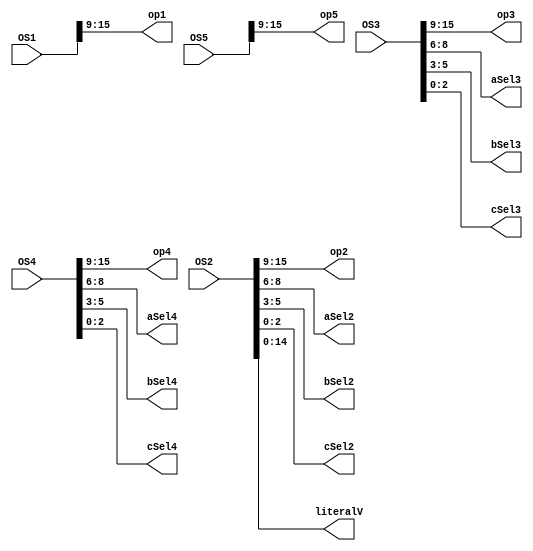
module pipeBreakU(
  OS1,
  OS2,
  OS3,
  OS4,
  OS5,
  op1,
  op2,
  op3,
  op4,
  op5,
  aSel2,
  aSel3,
  aSel4,
  bSel2,
  bSel3,
  bSel4,
  cSel2,
  cSel3,
  cSel4,
  literalV
  );
  
input [15:0] OS1;
input [15:0] OS2;
input [15:0] OS3;
input [15:0] OS4;
input [15:0] OS5;
output [6:0] op1;
output [6:0] op2;
output [6:0] op3;
output [6:0] op4;
output [6:0] op5;
output [2:0] aSel2;
output [2:0] aSel3;
output [2:0] aSel4;
output [2:0] bSel2;
output [2:0] bSel3;
output [2:0] bSel4;
output [2:0] cSel2;
output [2:0] cSel3;
output [2:0] cSel4;
output [14:0] literalV;

assign literalV=OS2[14:0];

assign op1=OS1[15:9];
assign op2=OS2[15:9];
assign op3=OS3[15:9];
assign op4=OS4[15:9];
assign op5=OS5[15:9];

assign aSel2=OS2[8:6];
assign aSel3=OS3[8:6];
assign aSel4=OS4[8:6];
assign bSel2=OS2[5:3];
assign bSel3=OS3[5:3];
assign bSel4=OS4[5:3];
assign cSel2=OS2[2:0];
assign cSel3=OS3[2:0];
assign cSel4=OS4[2:0];
  
endmodule